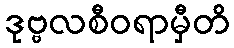
ဒုဗ္ဗလစီဝရာမှီတိ